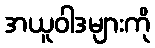
အယူဝါဒများကို